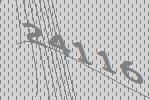
24116